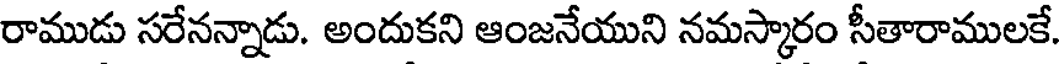
రాముడు సరేనన్నాడు. అందుకని ఆంజనేయుని నమస్కారం సీతారాములకే